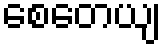
စေတေယျ